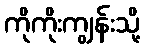
ကိုကိုးကျွန်းသို့